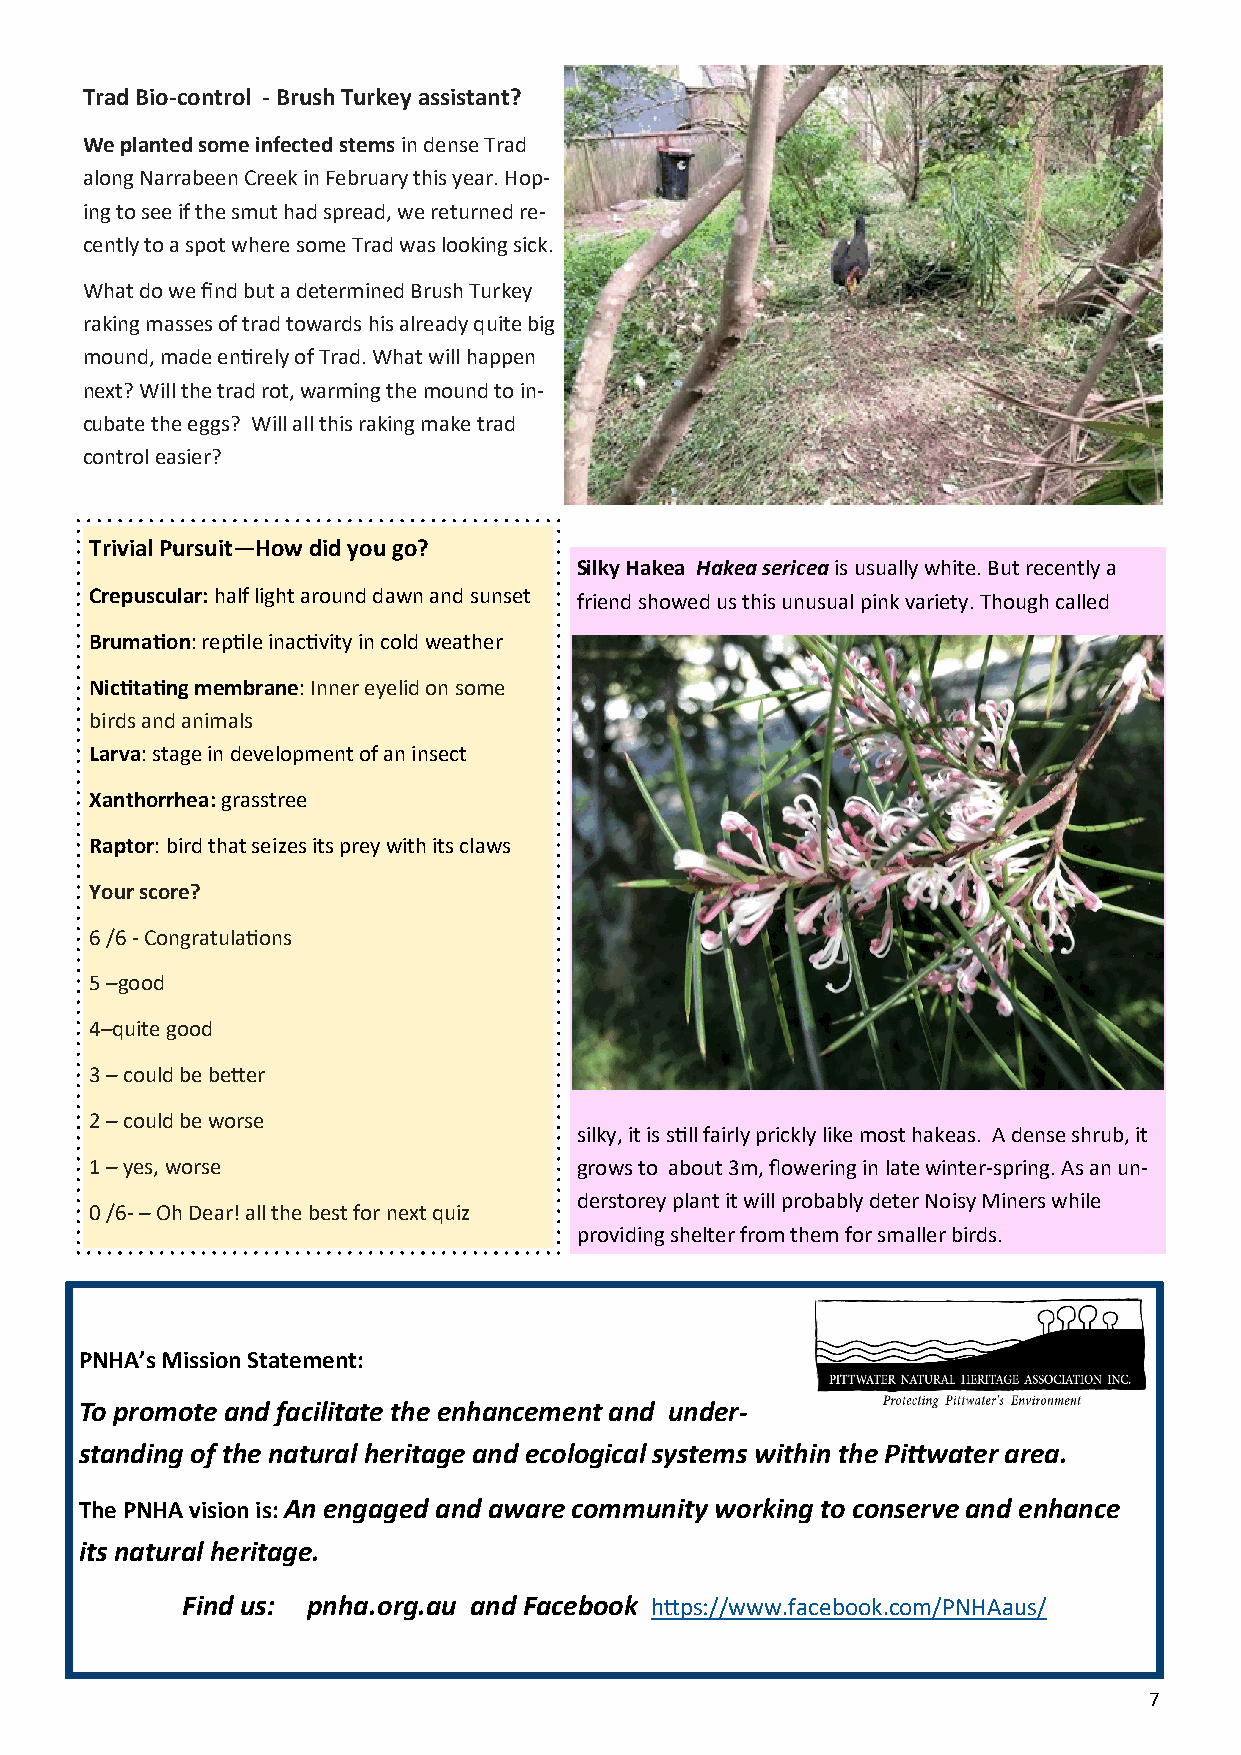
Trad Bio-control - Brush Turkey assistant?
 We planted some infected stems in dense Trad
 along Narrabeen Creek in February this year. Hop-
 ing to see if the smut had spread, we returned re-
 cently to a spot where some Trad was looking sick.
 What do we find but a determined Brush Turkey
 raking masses of trad towards his already quite big
 mound, made entirely of Trad. What will happen
 next? Will the trad rot, warming the mound to in-
 cubate the eggs? Will all this raking make trad
 control easier?
 Trivial Pursuit—How did you go?
 Silky Hakea Hakea sericea is usually white. But recently a
 Crepuscular: half light around dawn and sunset friend showed us this unusual pink variety. Though called
 Brumation: reptile inactivity in cold weather
 Nictitating membrane: Inner eyelid on some
 birds and animals
 Larva: stage in development of an insect
 Xanthorrhea: grasstree
 Raptor: bird that seizes its prey with its claws
 Your score?
 6 /6 - Congratulations
 5 –good
 4–quite good
 3 – could be better
 2 – could be worse
 silky, it is still fairly prickly like most hakeas. A dense shrub, it
 1 – yes, worse                  grows to about 3m, flowering in late winter-spring. As an un-
 derstorey plant it will probably deter Noisy Miners while
 0 /6- – Oh Dear! all the best for next quiz
 providing shelter from them for smaller birds.
 PNHA’s Mission Statement:
 To promote and facilitate the enhancement and under-
 standing of the natural heritage and ecological systems within the Pittwater area.
 The PNHA vision is: An engaged and aware community working to conserve and enhance
 its natural heritage.
 Find us: pnha.org.au and Facebook https://www.facebook.com/PNHAaus/
 7